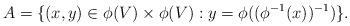
LaTeX: \begin{align*}A=\{(x,y)\in \phi (V)\times \phi (V): y=\phi ((\phi ^{-1}(x))^{-1}) \}.\end{align*}